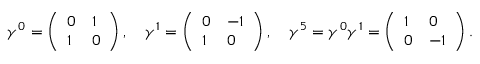
\gamma ^ { 0 } = \left( \begin{array} { l l } { { 0 } } & { { 1 } } \\ { { 1 } } & { { 0 } } \end{array} \right) , \quad \gamma ^ { 1 } = \left( \begin{array} { l l } { { 0 } } & { { - 1 } } \\ { { 1 } } & { { 0 } } \end{array} \right) , \quad \gamma ^ { 5 } = \gamma ^ { 0 } \gamma ^ { 1 } = \left( \begin{array} { l l } { { 1 } } & { { 0 } } \\ { { 0 } } & { { - 1 } } \end{array} \right) .